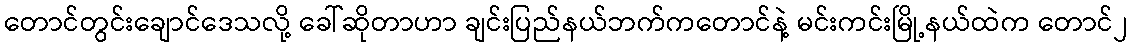
တောင်တွင်းချောင်ဒေသလို့ ခေါ်ဆိုတာဟာ ချင်းပြည်နယ်ဘက်ကတောင်နဲ့ မင်းကင်းမြို့နယ်ထဲက တောင်၂